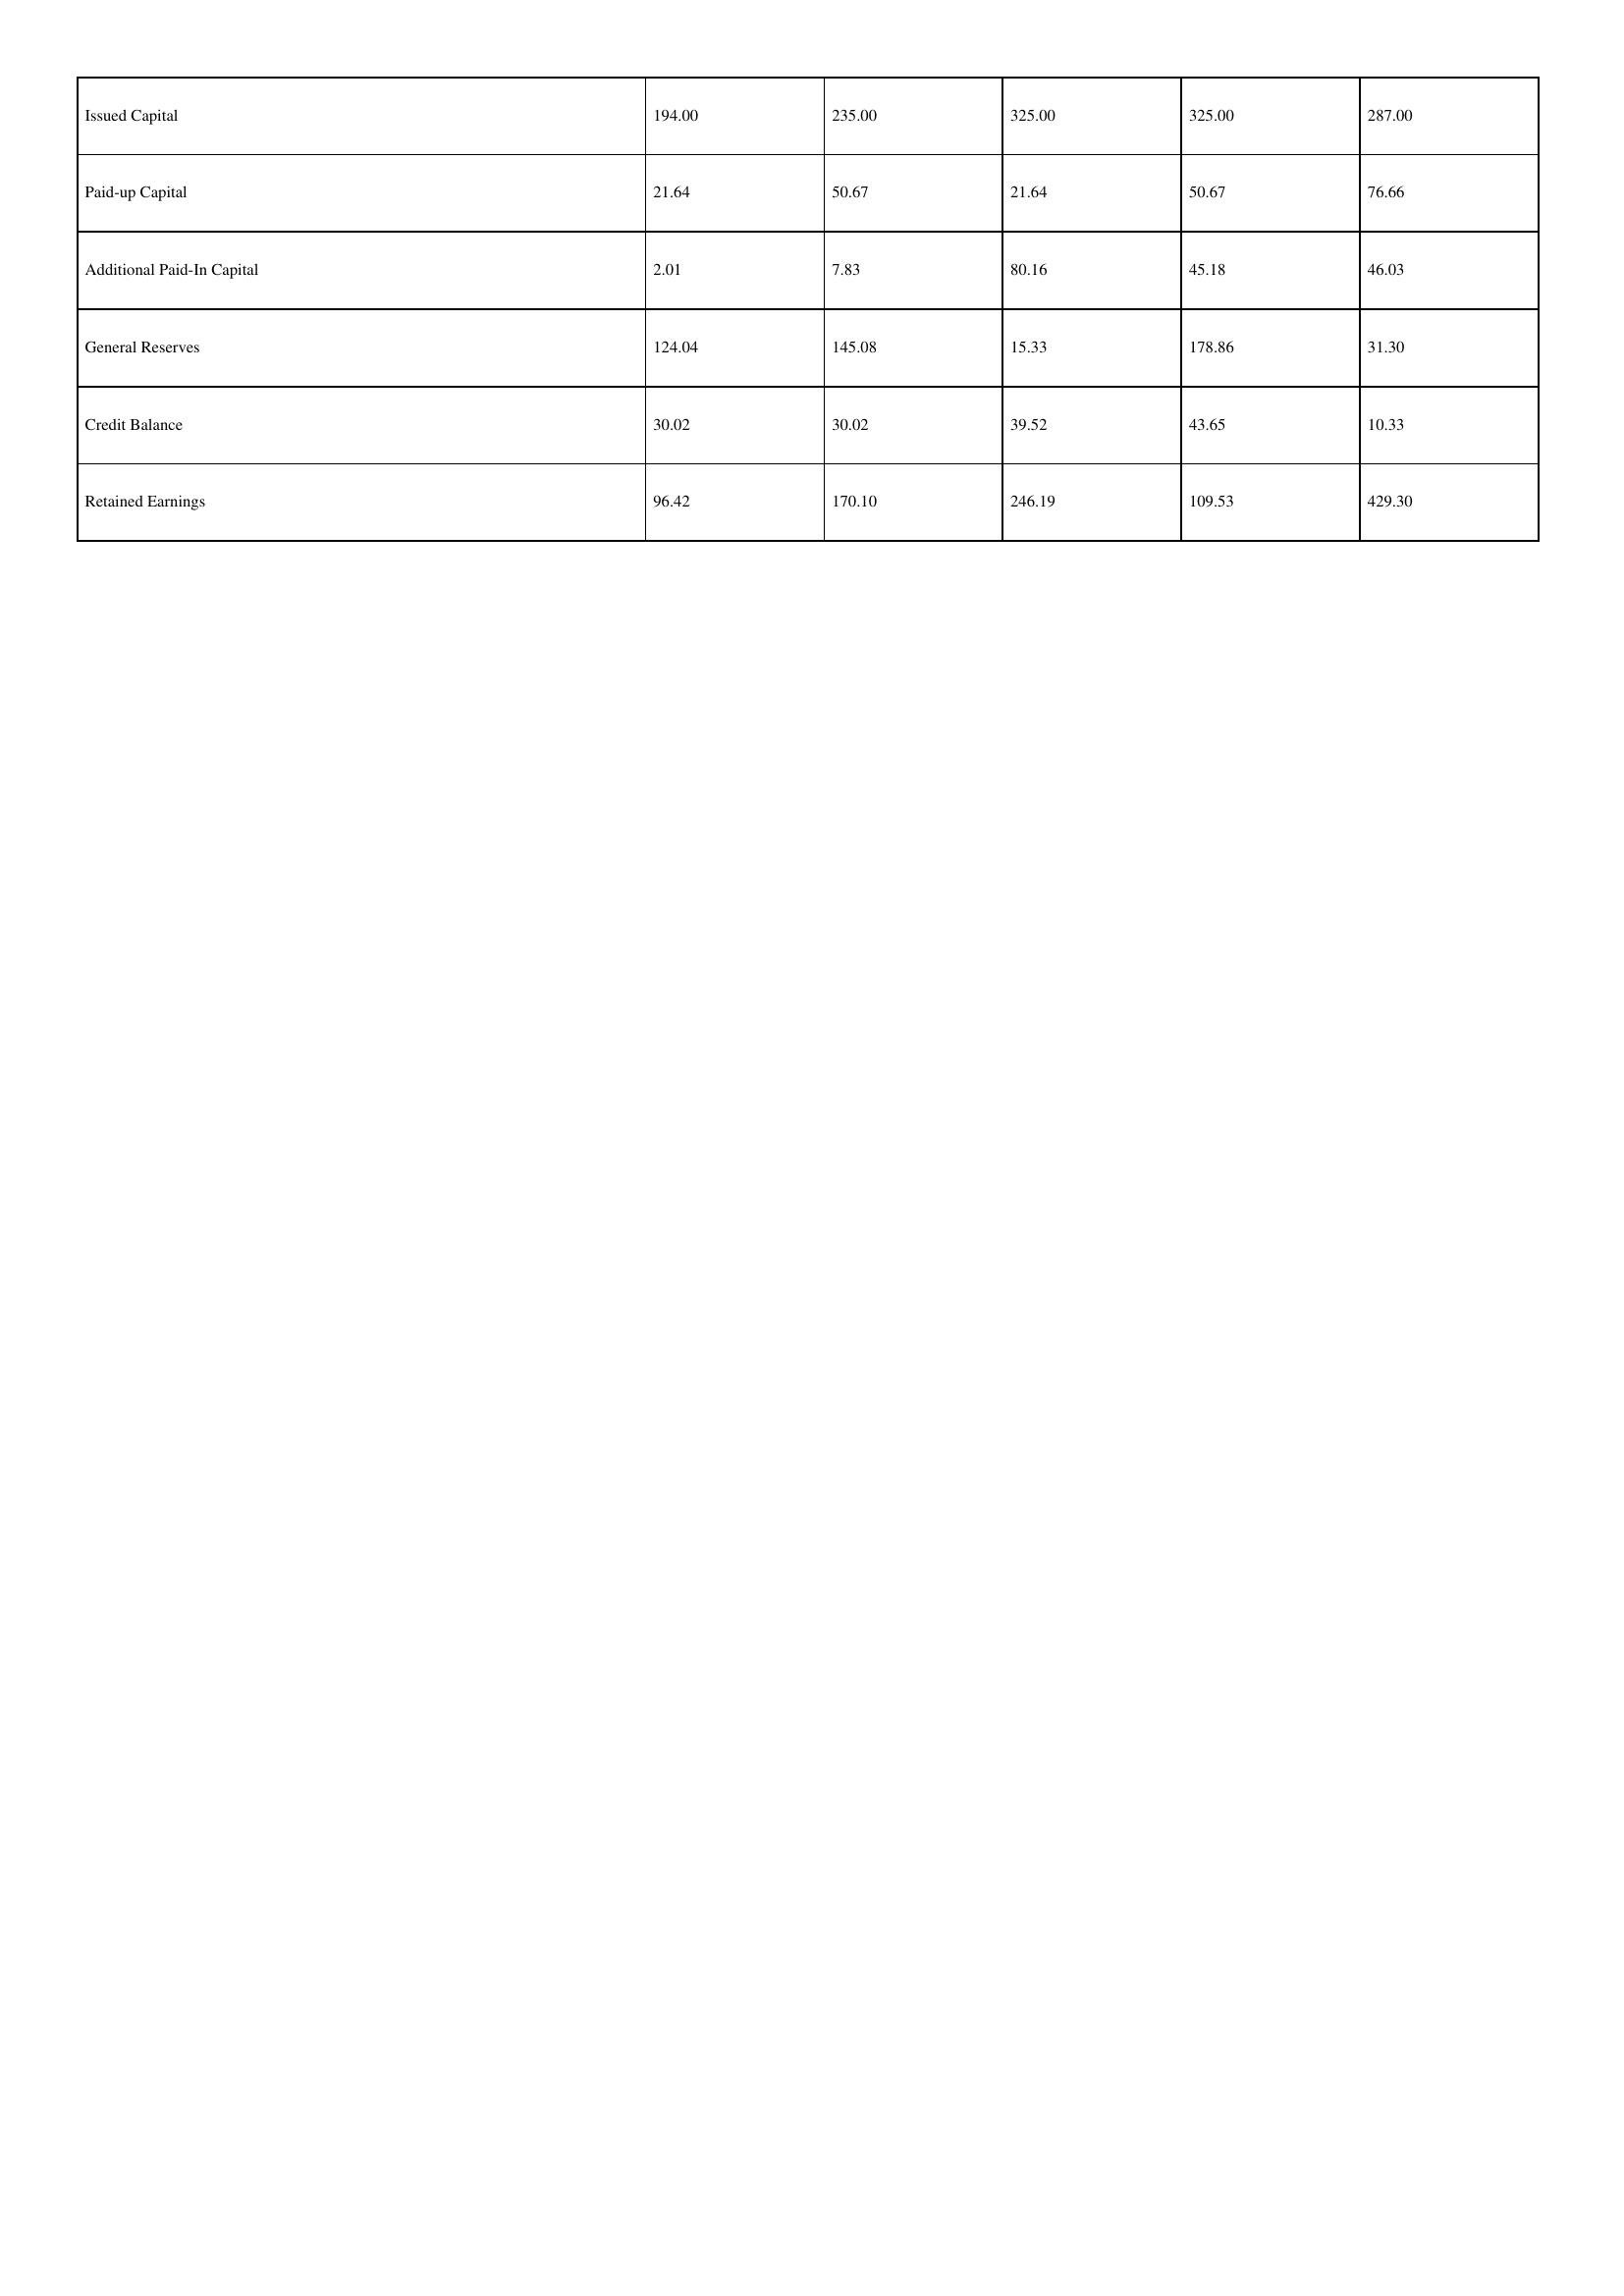
gt_parse: 2012: Issued Capital: 194.00
Paid-up Capital: 21.64
Additional Paid-In Capital: 2.01
General Reserves: 124.04
Credit Balance: 30.02
Retained Earnings: 96.42
2011: Issued Capital: 235.00
Paid-up Capital: 50.67
Additional Paid-In Capital: 7.83
General Reserves: 145.08
Credit Balance: 30.02
Retained Earnings: 170.10
2010: Issued Capital: 325.00
Paid-up Capital: 21.64
Additional Paid-In Capital: 80.16
General Reserves: 15.33
Credit Balance: 39.52
Retained Earnings: 246.19
2009: Issued Capital: 325.00
Paid-up Capital: 50.67
Additional Paid-In Capital: 45.18
General Reserves: 178.86
Credit Balance: 43.65
Retained Earnings: 109.53
2008: Issued Capital: 287.00
Paid-up Capital: 76.66
Additional Paid-In Capital: 46.03
General Reserves: 31.30
Credit Balance: 10.33
Retained Earnings: 429.30